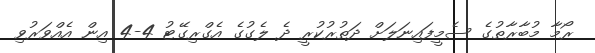
ރޯމާ މުބާރާތުގެ ސެމީފައިނަލަށް ދަތުރުކުރީ ދެ ލެގުގެ އެގްރިގޭޓު 4-4 އިން އެއްވަރުވި